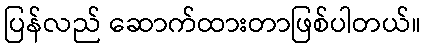
ပြန်လည် ဆောက်ထားတာဖြစ်ပါတယ်။